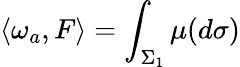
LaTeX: \langle\omega_{a},F\rangle=\int_{\Sigma_{1}}\mu(d\sigma)